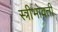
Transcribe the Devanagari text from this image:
स्त्रीभोवती